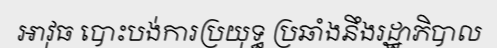
អាវុធ បោះបង់ការប្រយុទ្ធ ប្រឆាំងនឹងរដ្ឋាភិបាល